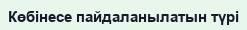
Көбінесе пайдаланылатын түрі